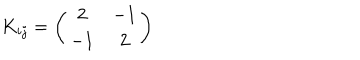
K _ { i j } = \left( \begin{array} { c c } { { 2 } } & { { - 1 } } \\ { { - 1 } } & { { 2 } } \\ \end{array} \right)